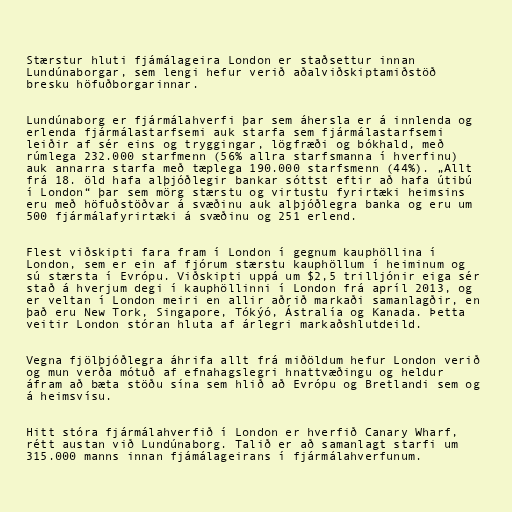
Stærstur hluti fjámálageira London er staðsettur innan
Lundúnaborgar, sem lengi hefur verið aðalviðskiptamiðstöð
bresku höfuðborgarinnar.

Lundúnaborg er fjármálahverfi þar sem áhersla er á innlenda og
erlenda fjármálastarfsemi auk starfa sem fjármálastarfsemi
leiðir af sér eins og tryggingar, lögfræði og bókhald, með
rúmlega 232.000 starfmenn (56% allra starfsmanna í hverfinu)
auk annarra starfa með tæplega 190.000 starfsmenn (44%). „Allt
frá 18. öld hafa alþjóðlegir bankar sóttst eftir að hafa útibú
í London“ þar sem mörg stærstu og virtustu fyrirtæki heimsins
eru með höfuðstöðvar á svæðinu auk alþjóðlegra banka og eru um
500 fjármálafyrirtæki á svæðinu og 251 erlend.

Flest viðskipti fara fram í London í gegnum kauphöllina í
London, sem er ein af fjórum stærstu kauphöllum í heiminum og
sú stærsta í Evrópu. Viðskipti uppá um $2,5 trilljónir eiga sér
stað á hverjum degi í kauphöllinni í London frá apríl 2013, og
er veltan í London meiri en allir aðrið markaði samanlagðir, en
það eru New Tork, Singapore, Tókýó, Ástralía og Kanada. Þetta
veitir London stóran hluta af árlegri markaðshlutdeild.

Vegna fjölþjóðlegra áhrifa allt frá miðöldum hefur London verið
og mun verða mótuð af efnahagslegri hnattvæðingu og heldur
áfram að bæta stöðu sína sem hlið að Evrópu og Bretlandi sem og
á heimsvísu.

Hitt stóra fjármálahverfið í London er hverfið Canary Wharf,
rétt austan við Lundúnaborg. Talið er að samanlagt starfi um
315.000 manns innan fjámálageirans í fjármálahverfunum.